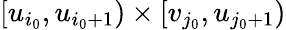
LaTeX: \left[u_{i_{0}},u_{i_{0}+1}\right)\times\left[v_{j_{0}},u_{j_{0}+1}\right)